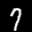
Label: 7